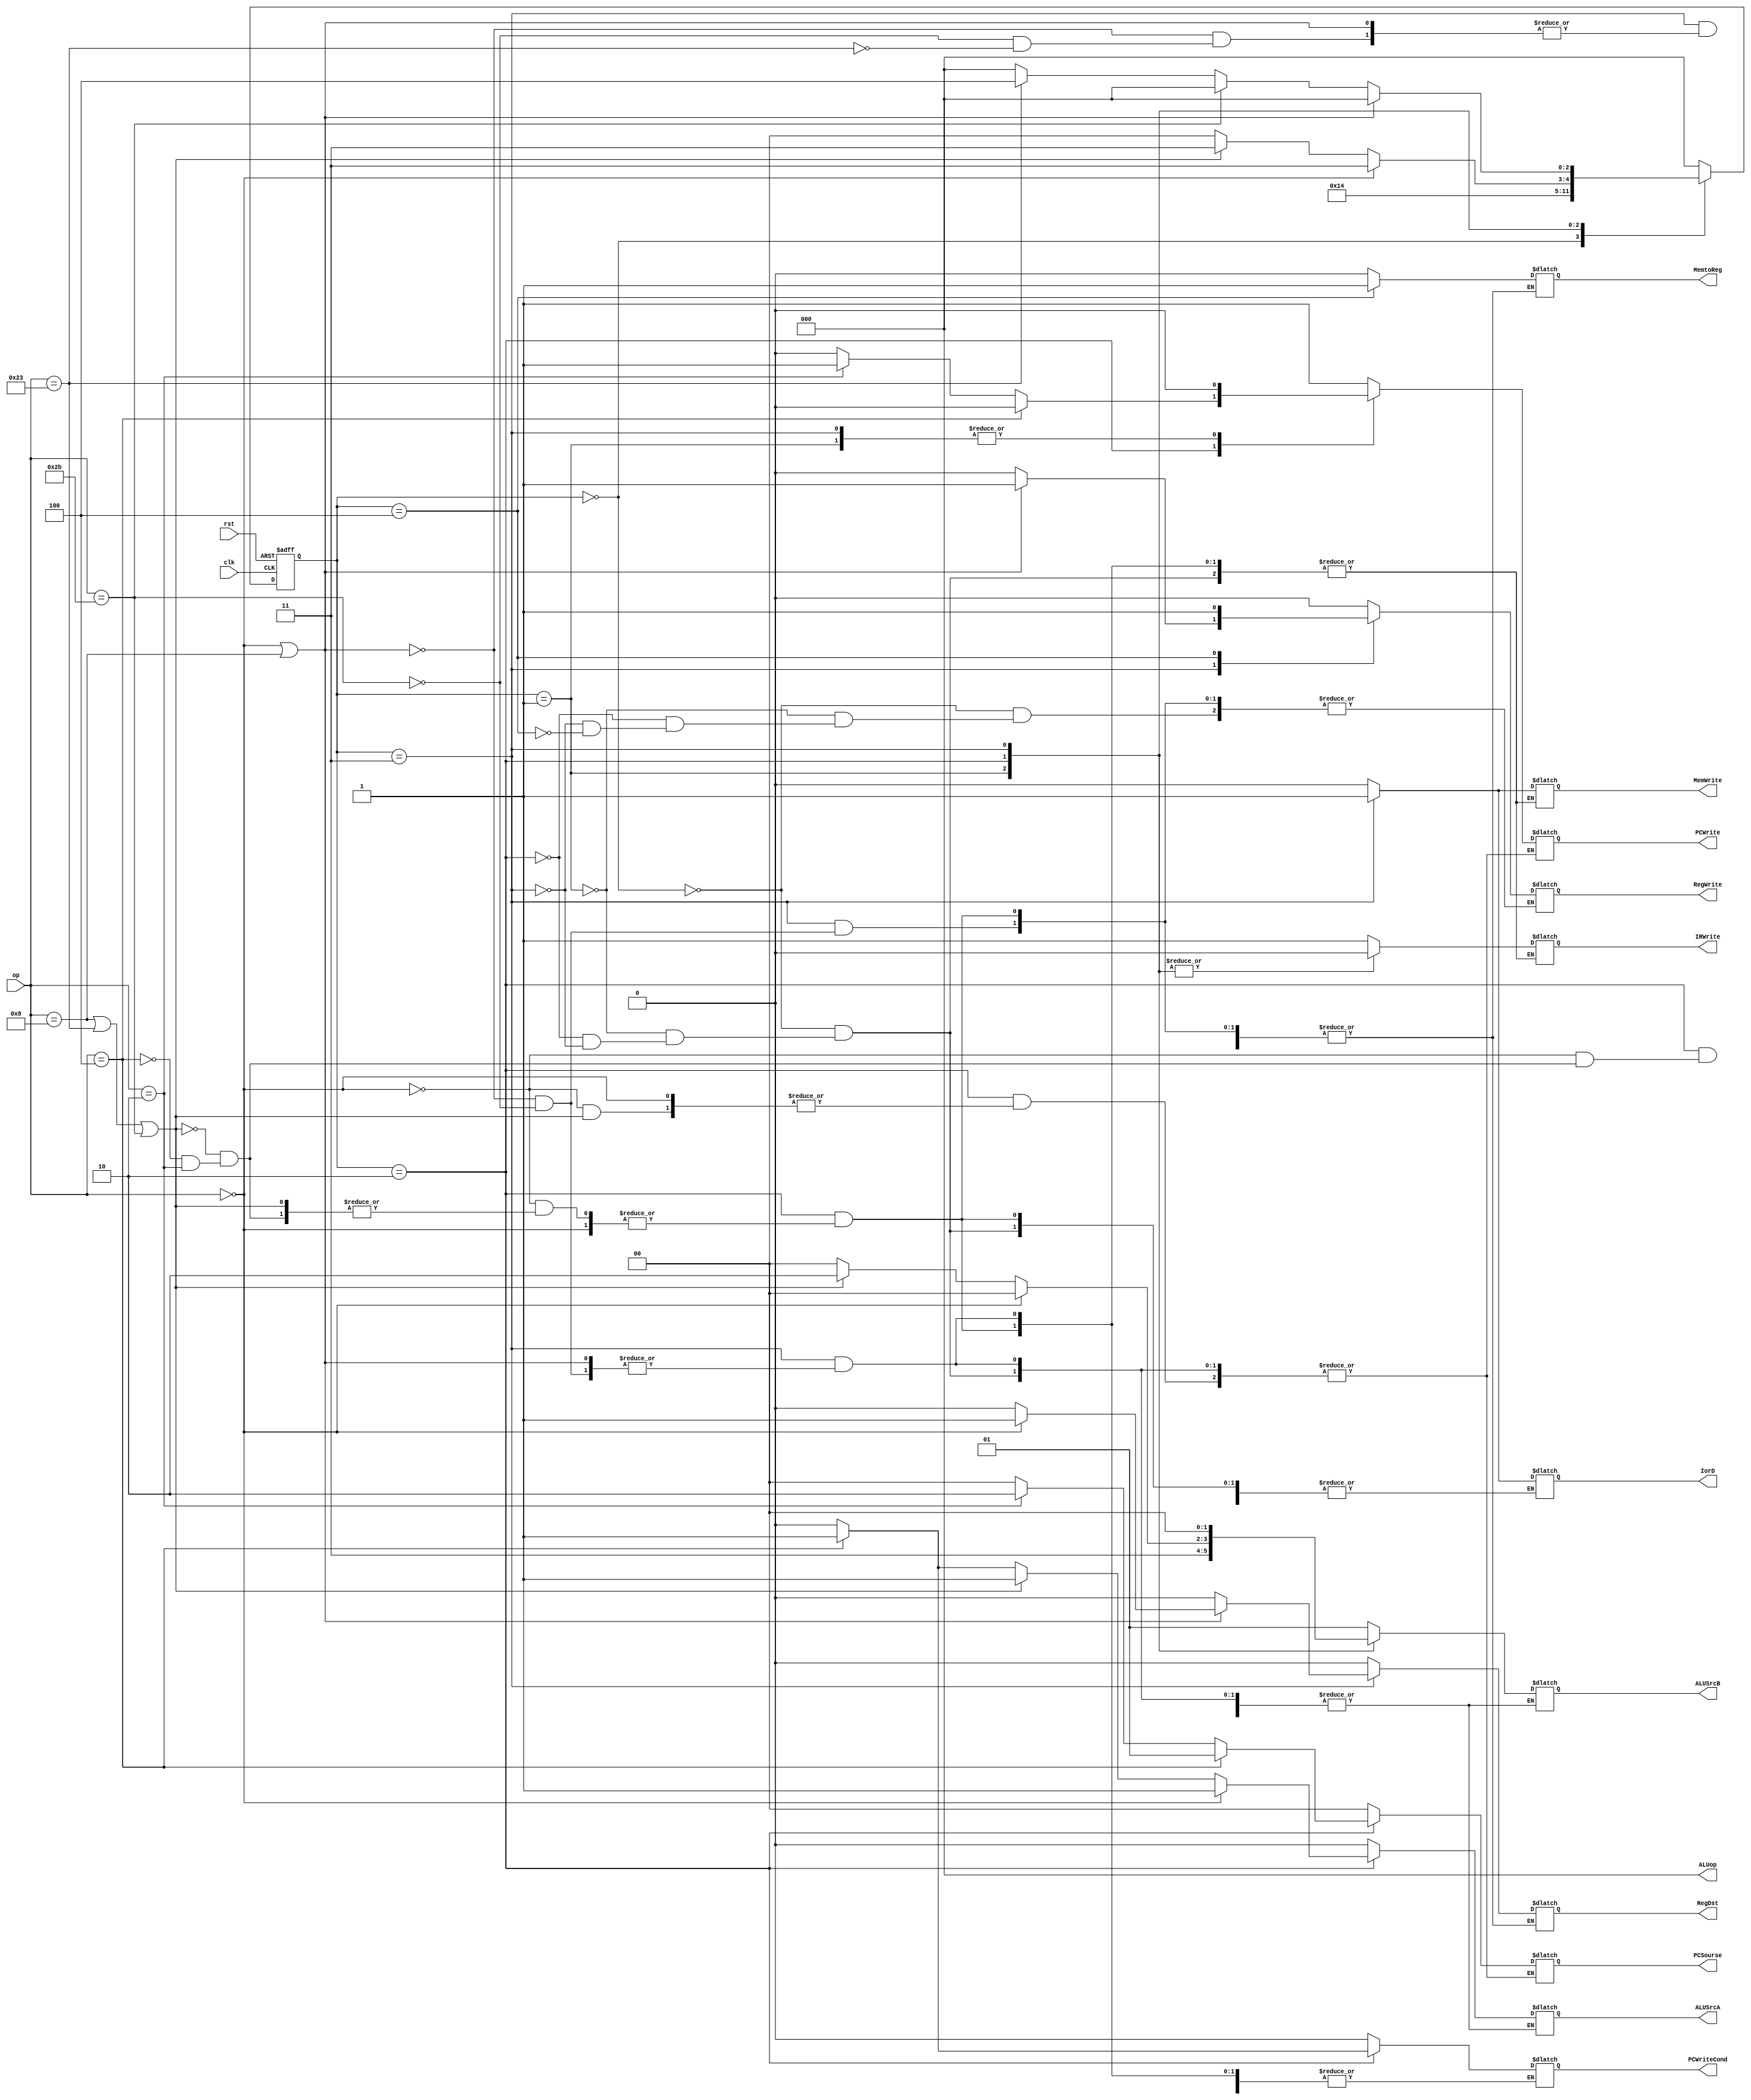
`timescale 1ns / 1ps
//////////////////////////////////////////////////////////////////////////////////
// Company: 
// Engineer: 
// 
// Design Name: 
// Module Name: Control_Unit
// Project Name: 
// Target Devices: 
// Tool Versions: 
// Description: 
// 
// Dependencies: 
// 
// Revision:
// Revision 0.01 - File Created
// Additional Comments:
// 
//////////////////////////////////////////////////////////////////////////////////


module Control_Unit(
    input clk,
    input rst,
    input [5:0] op,
    
    output PCWriteCond,
    output PCWrite,
    output IorD,
    //output MemRead
    output MemWrite,
    output MemtoReg,
    output IRWrite,
    output [1:0] PCSourse,
    output [2:0] ALUop,
    output [1:0] ALUSrcB,
    output ALUSrcA,
    output RegWrite,
    output RegDst
    
    );
    
    localparam [5:0] ADD=6'b000000, ADDI=6'b001000, LW=6'b100011, SW=6'b101011, BEQ=6'b000100, J=6'b000010;
    localparam [2:0] IF=3'b000,ID=3'b001,EX=3'b010,MEM=3'b011,WB=3'b100;
    
    reg [2:0] state,next_state;
    reg  PCWriteCond_reg, PCWrite_reg, IorD_reg, MemWrite_reg,  MemtoReg_reg, IRWrite_reg, ALUSrcA_reg, RegWrite_reg, RegDst_reg;
    reg [1:0] PCSourse_reg;
    reg [2:0] ALUop_reg;
    reg [1:0] ALUSrcB_reg;

    initial begin
       PCWriteCond_reg=0; PCWrite_reg=0; IorD_reg=0; MemWrite_reg=0;  MemtoReg_reg=0; IRWrite_reg=0; ALUSrcA_reg=0; RegWrite_reg=0; RegDst_reg=0;
       PCSourse_reg=0; ALUop_reg=0; ALUSrcB_reg=0;
       state=IF;
    end
    
    always@(*)begin //
      case(state)
         IF: begin   //pc<=pc+4 IR=Mem[pc] 
            /*PCWriteCond_reg <= 0;*/
               PCWrite_reg <= 1;
               IorD_reg <= 0; 
            MemWrite_reg <= 0;  
          /*  MemtoReg_reg <= 0; */
               IRWrite_reg <= 1;  
               PCSourse_reg <= 2'b00;
               ALUop_reg <= 3'b000;
               ALUSrcB_reg <= 2'b01;
               ALUSrcA_reg <= 0;
            RegWrite_reg <= 0;
            /*RegDst_reg <= 0;*/
            
            next_state <= ID;
          end
          
         ID: begin  //ABALUout
            PCWriteCond_reg <= 0;
            PCWrite_reg <= 0;
            IorD_reg <= 0; 
            MemWrite_reg <= 0;  
            MemtoReg_reg <= 0; 
            IRWrite_reg <= 0;  
            PCSourse_reg <= 2'b00;
               ALUop_reg <= 3'b000;
               ALUSrcB_reg <= 2'b11;
               ALUSrcA_reg <= 0;
            RegWrite_reg <= 0;
            RegDst_reg <= 0;
            
            next_state <= EX;
          end
          
         EX: begin
            if(op==ADD)begin
               /* PCWriteCond_reg <= 0;
                PCWrite_reg <= 0;
                IorD_reg <= 0; 
                MemWrite_reg <= 0;  
                MemtoReg_reg <= 0; 
                IRWrite_reg <= 0;  
                PCSourse_reg <= 2'b00;*/
                   ALUop_reg <= 3'b000;
                   ALUSrcB_reg <= 2'b00;
                   ALUSrcA_reg <= 1;
              /*  RegWrite_reg <= 0;
                RegDst_reg <= 0;*/
            
                next_state <= MEM;
             end
            else if(op==ADDI||op==LW||op==SW)begin
               /* PCWriteCond_reg <= 0;
                PCWrite_reg <= 0;
                IorD_reg <= 0; 
                MemWrite_reg <= 0;  
                MemtoReg_reg <= 0; 
                IRWrite_reg <= 0;  
                PCSourse_reg <= 2'b00;*/
                   ALUop_reg <= 3'b000;
                   ALUSrcB_reg <= 2'b10;
                   ALUSrcA_reg <= 1;
              /*  RegWrite_reg <= 0;
                RegDst_reg <= 0;*/
            
                next_state <= MEM;
             end
            else if(op==BEQ)begin
                   PCWriteCond_reg <= 1;
                PCWrite_reg <= 0;
                IorD_reg <= 0; 
                MemWrite_reg <= 0;  
                MemtoReg_reg <= 0; 
                IRWrite_reg <= 0;  
                   PCSourse_reg <= 2'b01;
                ALUop_reg <= 3'b000;
                   ALUSrcB_reg <= 2'b00;
                   ALUSrcA_reg <= 1;
                RegWrite_reg <= 0;
                RegDst_reg <= 0;
            
                next_state <= IF;
             end
            else if(op==J)begin
              /*  PCWriteCond_reg <= 0;*/
                   PCWrite_reg <= 1;
             /*   IorD_reg <= 0; 
                MemWrite_reg <= 0;  
                MemtoReg_reg <= 0; 
                IRWrite_reg <= 0;  */
                   PCSourse_reg <= 2'b10;
               /* ALUop_reg <= 3'b000;
                ALUSrcB_reg <= 2'b00;
                ALUSrcA_reg <= 0;
                RegWrite_reg <= 0;
                RegDst_reg <= 0;*/
            
                next_state <= IF;
             end
            else begin
                PCWriteCond_reg <= 0;   PCWrite_reg <= 0;   IorD_reg <= 0;          MemWrite_reg <= 0;  
                MemtoReg_reg <= 0;      IRWrite_reg <= 0;   PCSourse_reg <= 2'b00;  ALUop_reg <= 3'b000;
                ALUSrcB_reg <= 2'b00;   ALUSrcA_reg <= 0;   RegWrite_reg <= 0;      RegDst_reg <= 0;
                next_state <= IF;
             end
          end
          
         MEM: begin
            if(op==ADD||op==ADDI)begin
                /*PCWriteCond_reg <= 0;   PCWrite_reg <= 0;   IorD_reg <= 0;          MemWrite_reg <= 0;  */
                MemtoReg_reg <= 0;     /* IRWrite_reg <= 0;   PCSourse_reg <= 2'b00;  ALUop_reg <= 3'b000;*/
              /*  ALUSrcB_reg <= 2'b00;   ALUSrcA_reg <= 0;*/   RegWrite_reg <= 1;     
               if(op==ADD) RegDst_reg <= 1;
               else RegDst_reg <= 0;
               
                next_state <= IF;
             end
            else if(op==SW)begin
                PCWriteCond_reg <= 0;   PCWrite_reg <= 0;   IorD_reg <= 1;          MemWrite_reg <= 1;  
                MemtoReg_reg <= 0;      IRWrite_reg <= 0;   PCSourse_reg <= 2'b00;  ALUop_reg <= 3'b000;
                ALUSrcB_reg <= 2'b00;   ALUSrcA_reg <= 0;   RegWrite_reg <= 0;      RegDst_reg <= 0;
                next_state <= IF;
             end
            else if(op==LW)begin
              /*  PCWriteCond_reg <= 0;   PCWrite_reg <= 0;  */ IorD_reg <= 1;        /*  MemWrite_reg <= 0;  
                MemtoReg_reg <= 0;      IRWrite_reg <= 0;   PCSourse_reg <= 2'b00;  ALUop_reg <= 3'b000;
                ALUSrcB_reg <= 2'b00;   ALUSrcA_reg <= 0;   RegWrite_reg <= 0;      RegDst_reg <= 0;*/
                next_state <= WB;
             end
            else begin
                next_state <= IF;
             end
          end
          
         WB: begin
               RegDst_reg <= 0;RegWrite_reg <= 1;MemtoReg_reg <= 1;
               next_state <= IF;
          end
          
      default: next_state <= IF;
     endcase
    end
    
    
    
    //
    always@(posedge clk or posedge rst)begin
      if(rst) state<=IF;
      else state<=next_state;
    end
    
    
    
    //.
    assign PCWriteCond=PCWriteCond_reg;
    assign PCWrite=PCWrite_reg;
    assign IorD=IorD_reg;
    assign MemWrite=MemWrite_reg;
    assign MemtoReg=MemtoReg_reg;
    assign IRWrite=IRWrite_reg;
    assign ALUSrcA=ALUSrcA_reg;
    assign RegWrite=RegWrite_reg;
    assign RegDst=RegDst_reg;
    
    assign PCSourse=PCSourse_reg;
    assign ALUop=ALUop_reg;
    assign ALUSrcB=ALUSrcB_reg;
    

endmodule